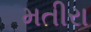
મતીરા